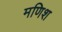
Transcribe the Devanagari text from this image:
मणिश